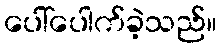
ပေါ်ပေါက်ခဲ့သည်။